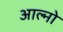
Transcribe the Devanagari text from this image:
आल्नो